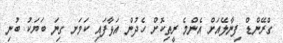
ގްރޭންޑް ފިނާލޭއަށް އެންމެ ރީތިކޮށް ހެދުން އަޅާފައި ކަމަށ ގިނަ ބަޔަކު ބުނި